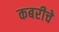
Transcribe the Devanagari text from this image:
कबरीचे